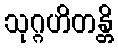
သုဂ္ဂဟိတန္တိ